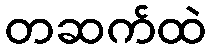
တဆက်ထဲ